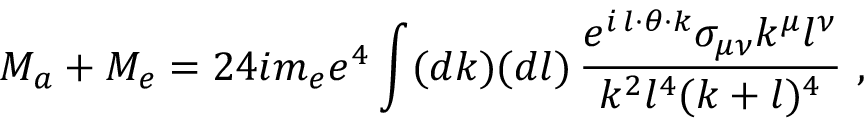
{ \cal M } _ { a } + { \cal M } _ { e } = 2 4 i m _ { e } e ^ { 4 } \int ( d k ) ( d l ) \, \frac { e ^ { i \, l \cdot \theta \cdot k } \sigma _ { \mu \nu } k ^ { \mu } l ^ { \nu } } { { k ^ { 2 } l ^ { 4 } ( k + l ) ^ { 4 } } } \ ,